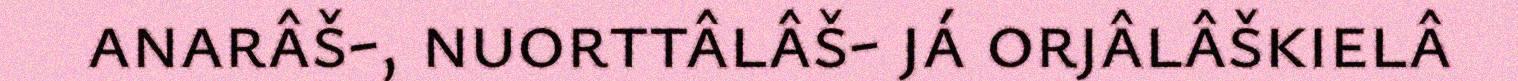
anarâš-, nuorttâlâš- já orjâlâškielâ